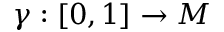
\gamma : [ 0 , 1 ] \rightarrow M